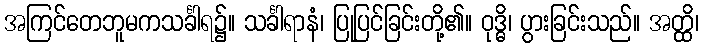
အကြင်တေဘူမကသင်္ခါရ၌။ သင်္ခါရာနံ၊ ပြုပြင်ခြင်းတို့၏။ ဝုဒ္ဓိ၊ ပွားခြင်းသည်။ အတ္ထိ၊